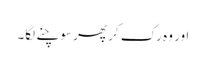
اور وہ رک کر پھر سوچنے لگا۔